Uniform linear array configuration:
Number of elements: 64
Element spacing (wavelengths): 0.75
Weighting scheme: uniform
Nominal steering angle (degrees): -60
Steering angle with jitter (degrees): -60.53
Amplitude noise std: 0.05
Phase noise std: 0.05

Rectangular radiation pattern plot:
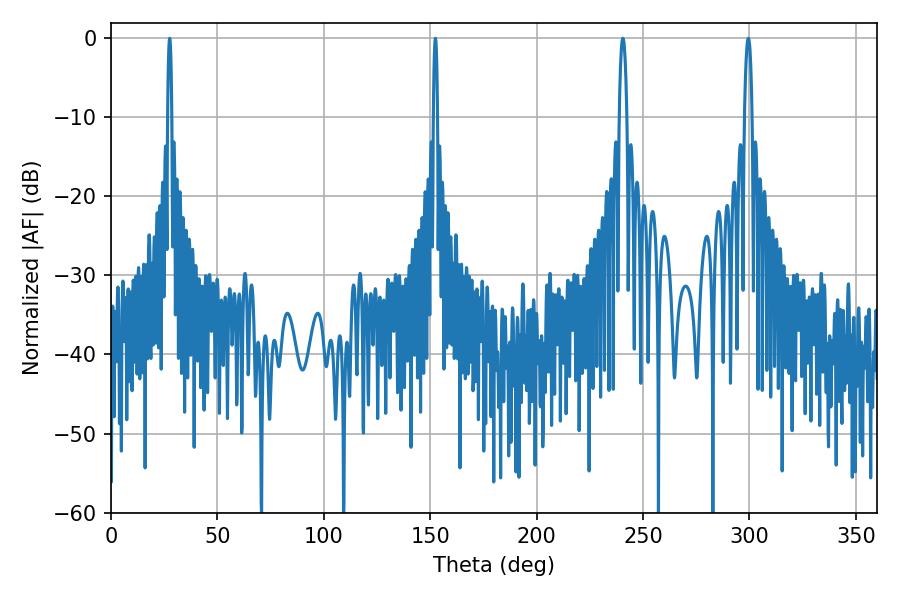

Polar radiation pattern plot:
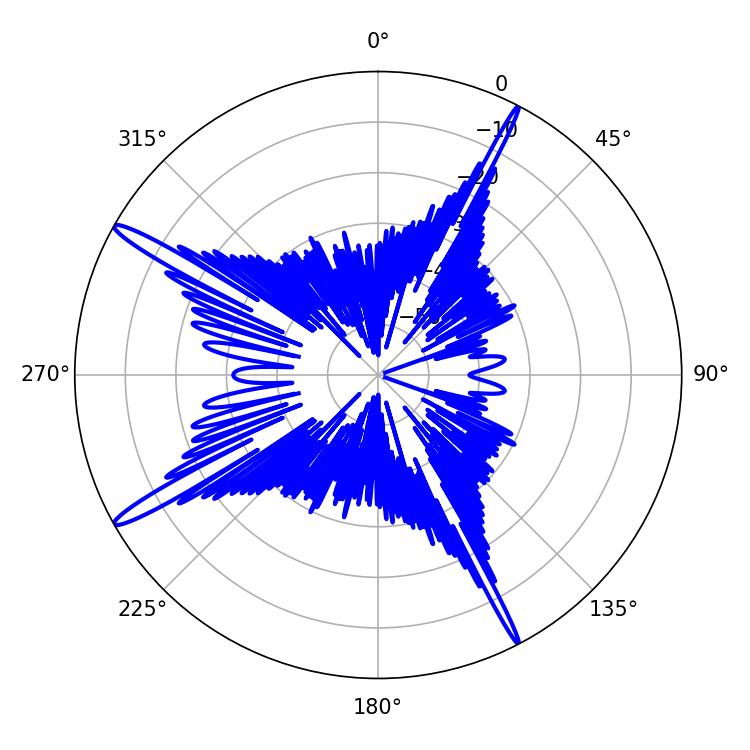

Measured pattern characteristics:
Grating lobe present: TRUE
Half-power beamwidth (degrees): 1.08
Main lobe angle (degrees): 27.54